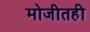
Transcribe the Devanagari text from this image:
मोजीतही